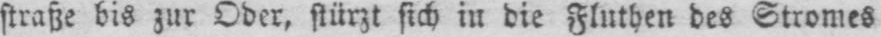
straße bis zur Oder, stürzt sich in die Fluthen des Stromes